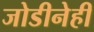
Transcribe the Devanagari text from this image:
जोडीनेही